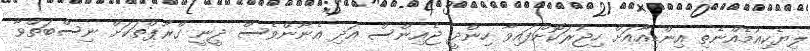
ލިޔެކިއުމެއްނެތި އިންޑިއާއަށް ހިޖުރަކޮށްފައިވާ ހިންދީ ޖެއިންސް އަދި އެނޫންވެސް ދީނީ ގްރޫޕްތަކަށް ނިސްބަތްވާ